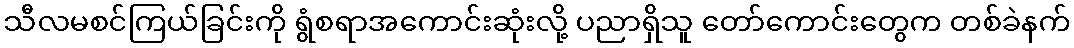
သီလမစင်ကြယ်ခြင်းကို ရွံစရာအကောင်းဆုံးလို့ ပညာရှိသူ တော်ကောင်းတွေက တစ်ခဲနက်